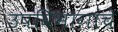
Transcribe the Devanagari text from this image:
उपविभागांचे